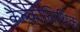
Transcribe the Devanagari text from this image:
कैल्कोलिथिक